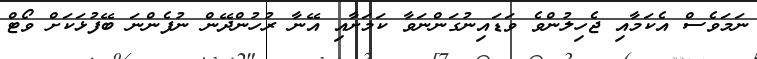
ނަމަވެސް އެކަމާއި ޖެހިލުންވެ ވަޑައިނުގަންނަވާ ކަމަށާއި އޭނާ ރުހުންދޭން ނުފެންނަ ބޭފުޅަކަށް ވޯޓް